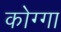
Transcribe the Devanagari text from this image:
कोग्गा